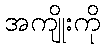
အကျိုးကို